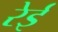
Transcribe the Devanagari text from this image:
रेई